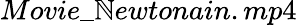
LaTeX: Movie\_ \mathbb{N}ewtonain.mp4